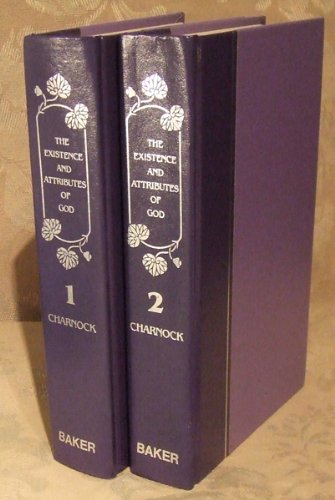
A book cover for Discourses Upon The Existence and Attributes of God (2 Volume Set); Stephen Charnock; Christian Books & Bibles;